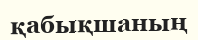
қабықшаның